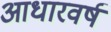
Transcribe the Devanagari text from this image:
आधारवर्ष